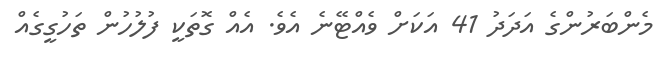
މެންބަރުންގެ އަދަދު 41 އަކަށް ވެއްޓޭނެ އެވެ. އެއް ގޮތަކީ ފުލުހުން ތަހުގީގެއް